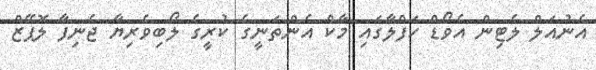
އެނުއަލް ލެޓިން އެވޯޑް ހަފްލާގައި މާކް އެންތަނީގެ ކުރީގެ ލޯބިވެރިޔާ ޖެނިފާ ލޮޕޭޒް